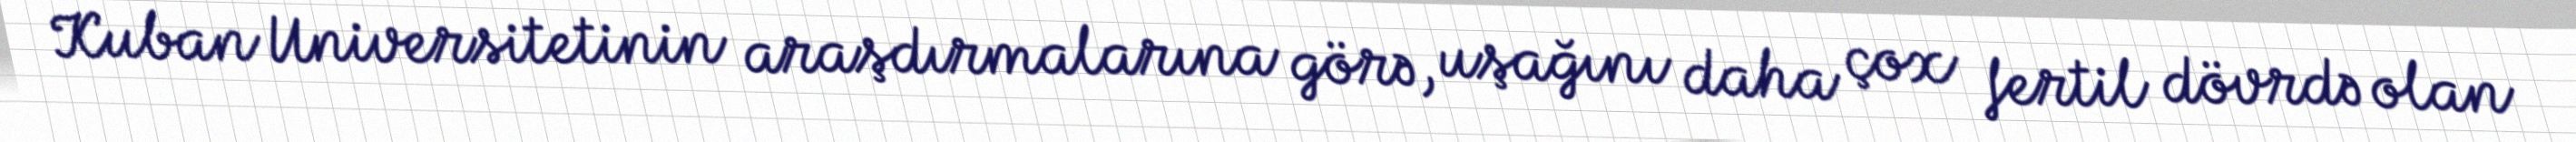
Kuban Universitetinin araşdırmalarına görə, uşağını daha çox fertil dövrdə olan